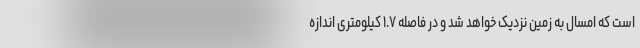
است که امسال به زمین نزدیک خواهد شد و در فاصله ۱.۷ کیلومتری اندازه